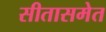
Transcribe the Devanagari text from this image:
सीतासमेत